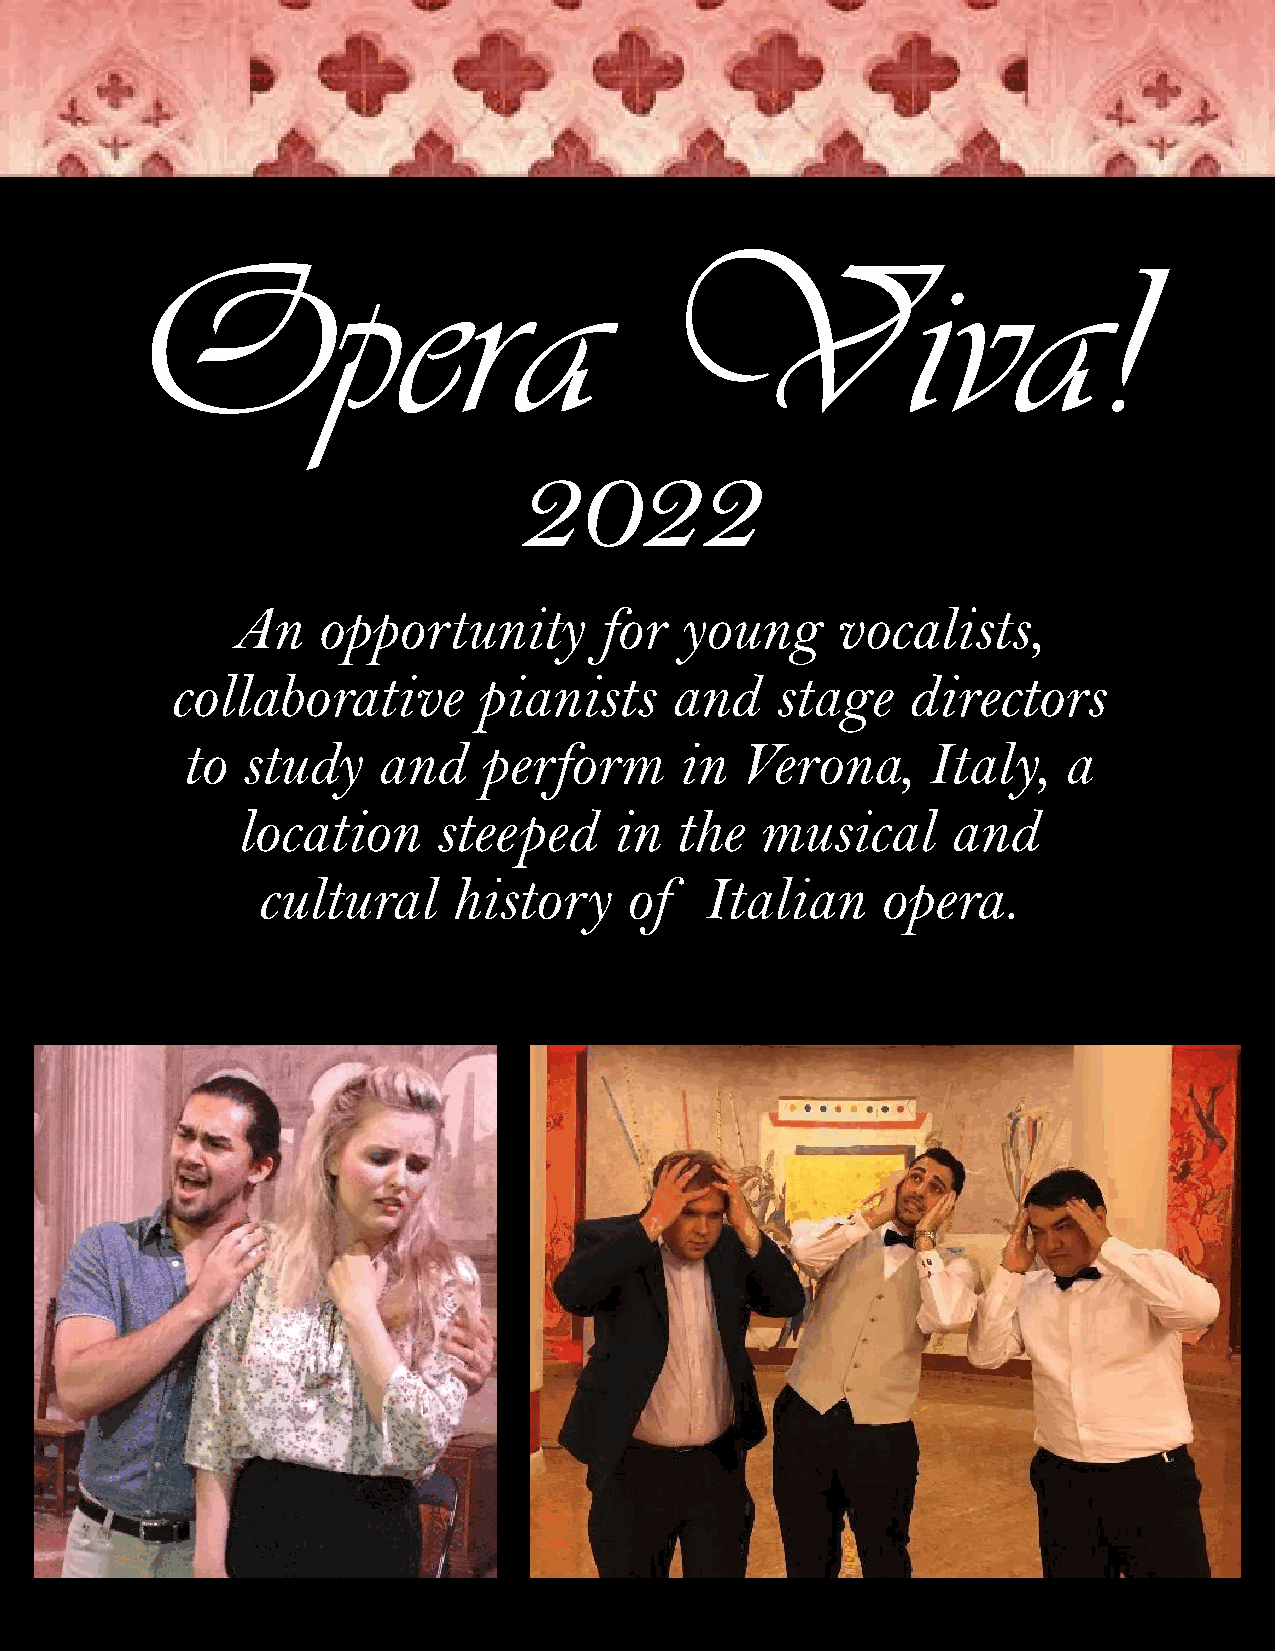
Opera                             Viva!
 2022
 An    opportunity        for  young     vocalists,
 collaborative        pianists    and    stage    directors
 to  study    and    perform      in  Verona,     Italy,   a
 location     steeped     in  the  musical      and
 cultural     history    of    Italian    opera.